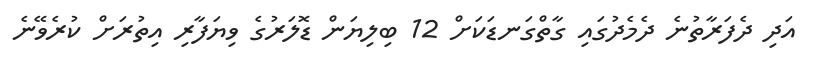
އަދި ދެފަރާތުނެ ދެމެދުގައި ގާތްގަނޑަކަށް 12 ބިލިޔަން ޑޮލަރުގެ ވިޔަފާރި އިތުރަށް ކުރެވޭނެ